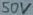
Text: 50V